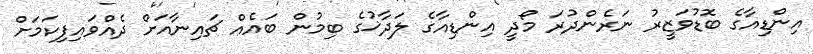
އިންޑިއާގެ ބޮޑުވަޒީރު ނަރެންދުރަ މޯދީ އިންޑިއާގެ ލަދާޚުގެ ބިމުން ބައެއް ޗައިނާއަށް ދެއްވައިފިކަމަށް